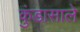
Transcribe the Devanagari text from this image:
कुंडासाले